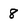
Character: 8